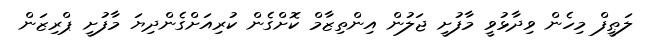
ލަޠީފް މިހެން ވިދާޅުވީ މާފުށީ ޖަލުން އިންތިޒާމް ކޮށްގެން ކުރިއަށްގެންދިޔަ މާފުށީ ޕްރިޒަން